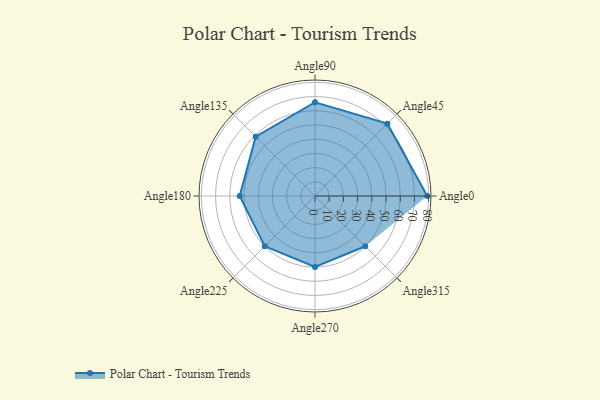
{"axis": {"x": "Angle", "y": "Radius"}, "legend": [""], "data": [{"x": "Angle0", "y": 79.0, "type": ""}, {"x": "Angle45", "y": 72.0, "type": ""}, {"x": "Angle90", "y": 66.0, "type": ""}, {"x": "Angle135", "y": 59.0, "type": ""}, {"x": "Angle180", "y": 53.0, "type": ""}, {"x": "Angle225", "y": 50, "type": ""}, {"x": "Angle270", "y": 50, "type": ""}, {"x": "Angle315", "y": 50, "type": ""}]}